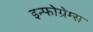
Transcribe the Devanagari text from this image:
इन्फोग्रेम्स